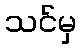
သင်မှ